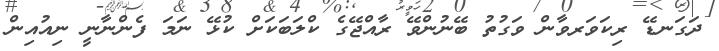
ދަގަނޑޭ ރިކަވަރވާން ވަގުތު ބޭނުންވޭ ރާއްޖޭގެ ކްލަބަކަށް ކުޅޭ ނަމަ ފެންނާނީ ނިއުއިން